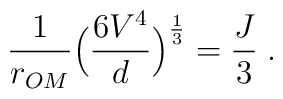
\frac{1}{r_{OM}}\Big(\frac{6V^4}{d}\Big)^{\frac{1}{3}} = \frac{J}{3} \; .